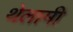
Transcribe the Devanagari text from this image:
थेलामी